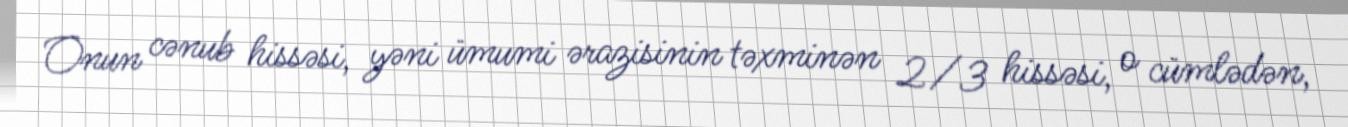
Onun cənub hissəsi, yəni ümumi ərazisinin təxminən 2/3 hissəsi, o cümlədən,